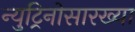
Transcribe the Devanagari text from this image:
न्युट्रिनोसारख्या